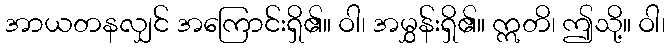
အာယတနလျှင် အကြောင်းရှိ၏။ ဝါ၊ အမွှန်းရှိ၏။ ဣတိ၊ ဤသို့။ ဝါ၊